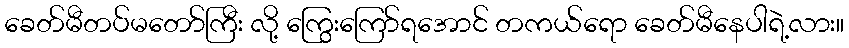
ခေတ်မီတပ်မတော်ကြီး လို့ ကြွေးကြော်ရအောင် တကယ်ရော ခေတ်မီနေပါရဲ့လား။